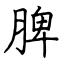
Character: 脾